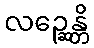
လဉ္ဆေန္တိ